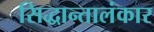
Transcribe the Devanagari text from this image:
सिद्धान्तालंकार